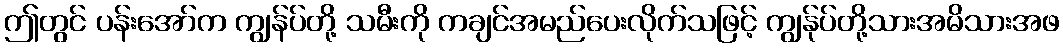
ဤတွင် ပန်းအော်က ကျွန်ပ်တို့ သမီးကို ကချင်အမည်ပေးလိုက်သဖြင့် ကျွန်ုပ်တို့သားအမိသားအဖ